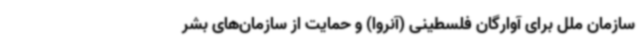
سازمان ملل برای آوارگان فلسطینی (آنروا) و حمایت از سازمان‌های بشر